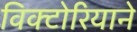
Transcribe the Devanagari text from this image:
विक्टोरियाने